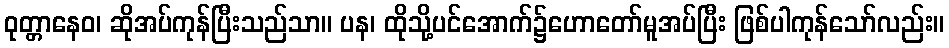
ဝုတ္တာနေဝ၊ ဆိုအပ်ကုန်ပြီးသည်သာ။ ပန၊ ထိုသို့ပင်အောက်၌ဟောတော်မူအပ်ပြီး ဖြစ်ပါကုန်သော်လည်း။